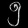
Digit: ၅